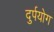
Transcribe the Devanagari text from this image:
दुर्पयोग